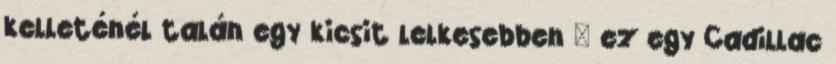
kelleténél talán egy kicsit lelkesebben – ez egy Cadillac